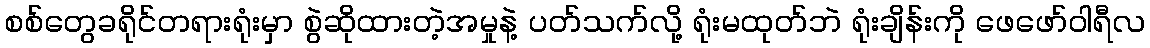
စစ်တွေခရိုင်တရားရုံးမှာ စွဲဆိုထားတဲ့အမှုနဲ့ ပတ်သက်လို့ ရုံးမထုတ်ဘဲ ရုံးချိန်းကို ဖေဖော်ဝါရီလ